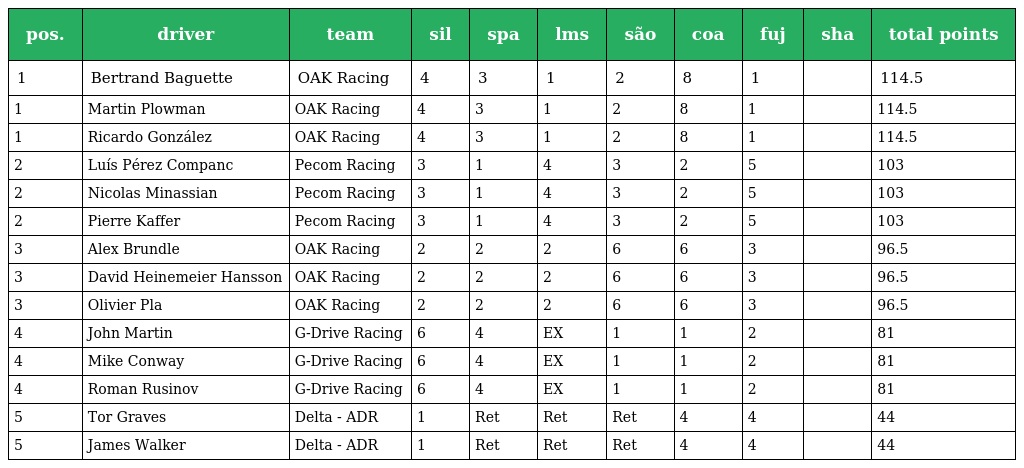
| pos. | driver | team | sil | spa | lms | são | coa | fuj | sha | total points |
 | --- | --- | --- | --- | --- | --- | --- | --- | --- | --- | --- |
 | 1 | Bertrand Baguette | OAK Racing | 4 | 3 | 1 | 2 | 8 | 1 |  | 114.5 |
 | 1 | Martin Plowman | OAK Racing | 4 | 3 | 1 | 2 | 8 | 1 |  | 114.5 |
 | 1 | Ricardo González | OAK Racing | 4 | 3 | 1 | 2 | 8 | 1 |  | 114.5 |
 | 2 | Luís Pérez Companc | Pecom Racing | 3 | 1 | 4 | 3 | 2 | 5 |  | 103 |
 | 2 | Nicolas Minassian | Pecom Racing | 3 | 1 | 4 | 3 | 2 | 5 |  | 103 |
 | 2 | Pierre Kaffer | Pecom Racing | 3 | 1 | 4 | 3 | 2 | 5 |  | 103 |
 | 3 | Alex Brundle | OAK Racing | 2 | 2 | 2 | 6 | 6 | 3 |  | 96.5 |
 | 3 | David Heinemeier Hansson | OAK Racing | 2 | 2 | 2 | 6 | 6 | 3 |  | 96.5 |
 | 3 | Olivier Pla | OAK Racing | 2 | 2 | 2 | 6 | 6 | 3 |  | 96.5 |
 | 4 | John Martin | G-Drive Racing | 6 | 4 | EX | 1 | 1 | 2 |  | 81 |
 | 4 | Mike Conway | G-Drive Racing | 6 | 4 | EX | 1 | 1 | 2 |  | 81 |
 | 4 | Roman Rusinov | G-Drive Racing | 6 | 4 | EX | 1 | 1 | 2 |  | 81 |
 | 5 | Tor Graves | Delta - ADR | 1 | Ret | Ret | Ret | 4 | 4 |  | 44 |
 | 5 | James Walker | Delta - ADR | 1 | Ret | Ret | Ret | 4 | 4 |  | 44 |